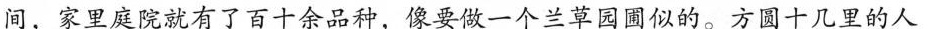
间，家里庭院就有了百十余品种，像要做一个兰草园圃似的。方圆十几里的人